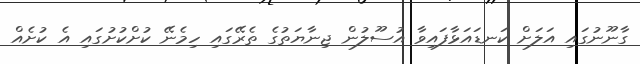
ގާނޫނުގައި އަލަށް ކަނޑައަޅާފައިވާ އުސޫލުން ޖިނާޔަތުގެ ތެރޭގައި ހިމެނޭ ކުށްކުށުގައި އެ ކުށެއް